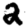
Digit: 2